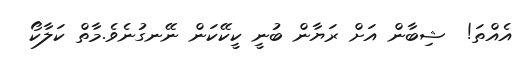
އެއްތަ!  ޝިބާން އަށް ރަޔާން ބުނީ ކީކޭކަން ނޭނގުނެވެ.މާތް ކަލާކޯ